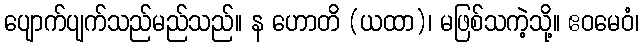
ပျောက်ပျက်သည်မည်သည်။ န ဟောတိ (ယထာ)၊ မဖြစ်သကဲ့သို့။ ဧဝမေဝံ၊